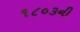
૧૮૦૩ની